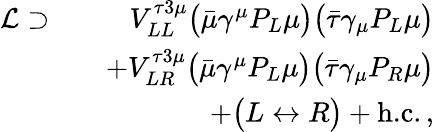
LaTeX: \begin{array}{rlr}{\mathcal{L}\supset}&{}&{V_{LL}^{\tau 3\mu}\big(\bar{\mu}\gamma^{\mu}P_{L}\mu\big)\big(\bar{\tau}\gamma_{\mu}P_{L}\mu\big)}\\ &{}&{+V_{LR}^{\tau 3\mu}\big(\bar{\mu}\gamma^{\mu}P_{L}\mu\big)\big(\bar{\tau}\gamma_{\mu}P_{R}\mu\big)}\\ &{}&{+\big(L\leftrightarrow R\big)+\textrm{h.c.}\, ,}\end{array}